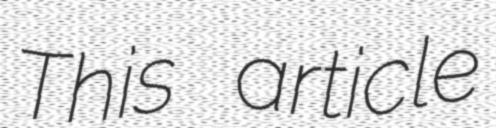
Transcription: This article